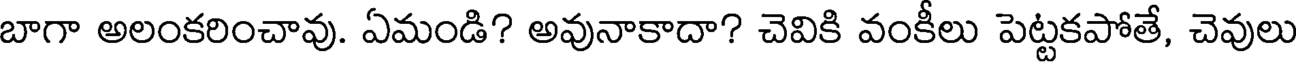
బాగా అలంకరించావు. ఏమండి? అవునాకాదా? చెవికి వంకీలు పెట్టకపోతే, చెవులు